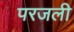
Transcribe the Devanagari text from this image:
परजली